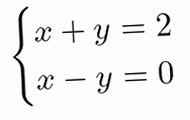
\begin{cases}x+y=2\\x-y=0\end{cases}